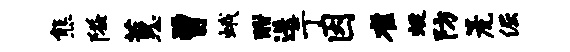
熊隘蕙曾蛾酣迭亍因雀蜓防篪倔